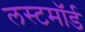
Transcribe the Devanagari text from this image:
लस्टमॉर्ड